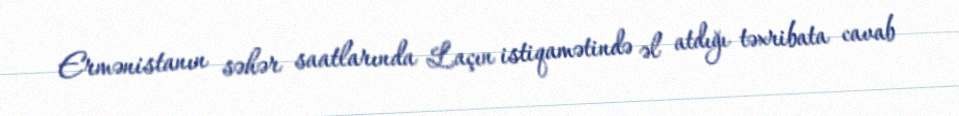
Ermənistanın səhər saatlarında Laçın istiqamətində əl atdığı təxribata cavab